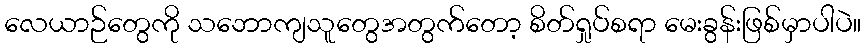
လေယာဉ်တွေကို သဘောကျသူတွေအတွက်တော့ စိတ်ရှုပ်စရာ မေးခွန်းဖြစ်မှာပါပဲ။